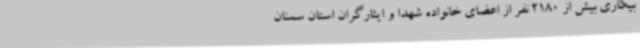
بیکاری بیش از 2180 نفر از اعضای خانواده شهدا و ایثارگران استان سمنان